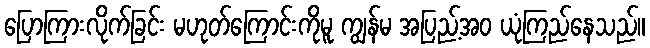
ပြောကြားလိုက်ခြင်း မဟုတ်ကြောင်းကိုမူ ကျွန်မ အပြည့်အဝ ယုံကြည်နေသည်။